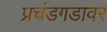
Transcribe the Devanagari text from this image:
प्रचंडगडावर